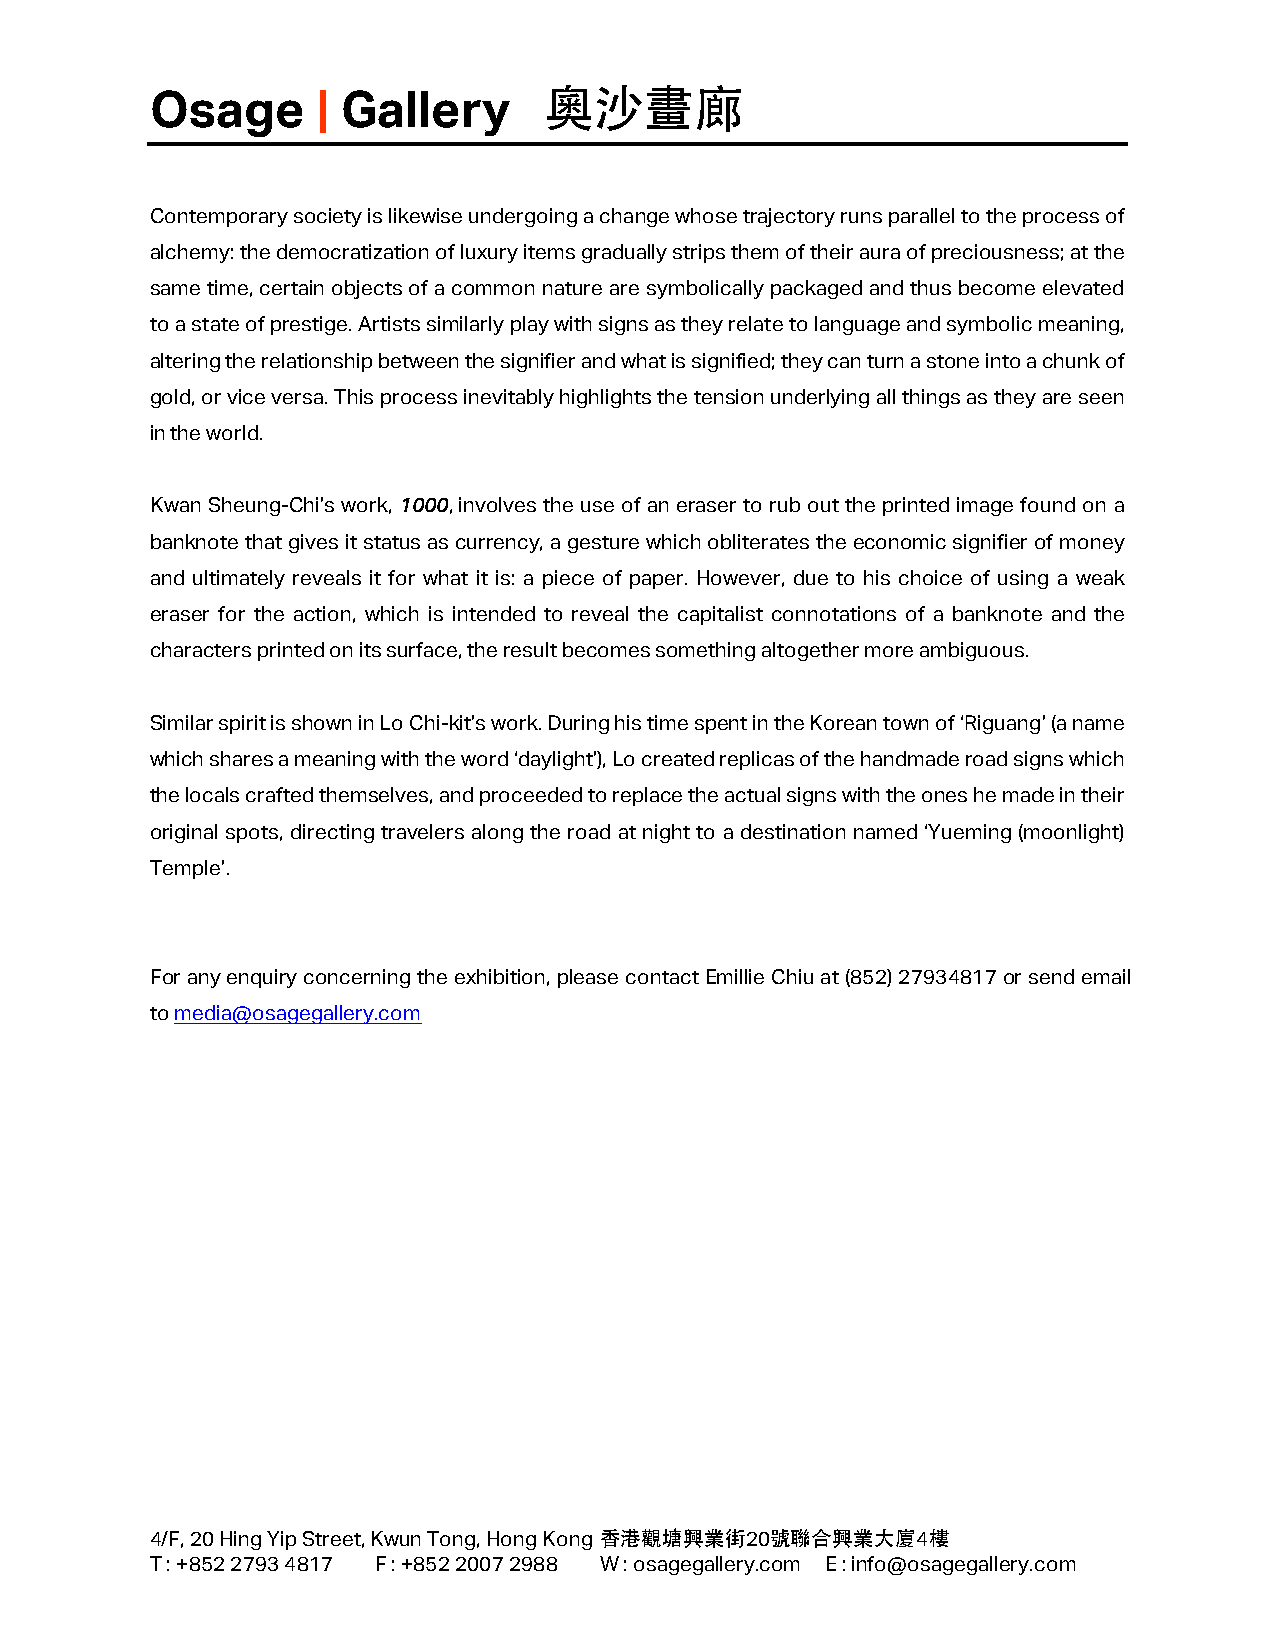
Osage      | Gallery      奧沙畫廊
 Contemporary society is likewise undergoing a change whose trajectory runs parallel to the process of
 alchemy: the democratization of luxury items gradually strips them of their aura of preciousness; at the
 same time, certain objects of a common nature are symbolically packaged and thus become elevated
 to a state of prestige. Artists similarly play with signs as they relate to language and symbolic meaning,
 altering the relationship between the signifier and what is signified; they can turn a stone into a chunk of
 gold, or vice versa. This process inevitably highlights the tension underlying all things as they are seen
 in the world.
 Kwan Sheung-Chi’s work, 1000, involves the use of an eraser to rub out the printed image found on a
 banknote that gives it status as currency, a gesture which obliterates the economic signifier of money
 and ultimately reveals it for what it is: a piece of paper. However, due to his choice of using a weak
 eraser for the action, which is intended to reveal the capitalist connotations of a banknote and the
 characters printed on its surface, the result becomes something altogether more ambiguous.
 Similar spirit is shown in Lo Chi-kit’s work. During his time spent in the Korean town of ‘Riguang’ (a name
 which shares a meaning with the word ‘daylight’), Lo created replicas of the handmade road signs which
 the locals crafted themselves, and proceeded to replace the actual signs with the ones he made in their
 original spots, directing travelers along the road at night to a destination named ‘Yueming (moonlight)
 Temple’.
 For any enquiry concerning the exhibition, please contact Emillie Chiu at (852) 27934817 or send email
 to media@osagegallery.com
 4/F, 20 Hing Yip Street, Kwun Tong, Hong Kong 香港觀塘興業街20號聯合興業大廈4樓
 T : +852 2793 4817 F : +852 2007 2988 W : osagegallery.com E : info@osagegallery.com